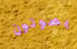
يصوتون